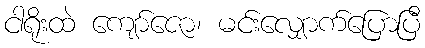
ငါရိုးထဲ ကျော်ဇော၊ မင်းလျှောက်ပြောပြီ